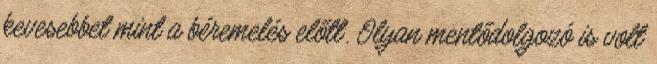
kevesebbet mint a béremelés előtt. Olyan mentődolgozó is volt